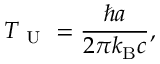
T _ { \mathrm { ~ U ~ } } = \frac { \hbar a } { 2 \pi k _ { \mathrm { B } } c } ,